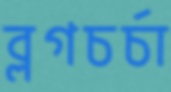
ব্লগচর্চা